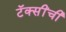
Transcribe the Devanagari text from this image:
टॅक्सींची